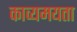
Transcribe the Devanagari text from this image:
काव्यमयता